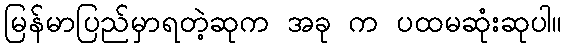
မြန်မာပြည်မှာရတဲ့ဆုက အခု က ပထမဆုံးဆုပါ။